Vaccination United Provinces of Agra and Oudh 1902-1913 - 1902-1913
Year: 1902
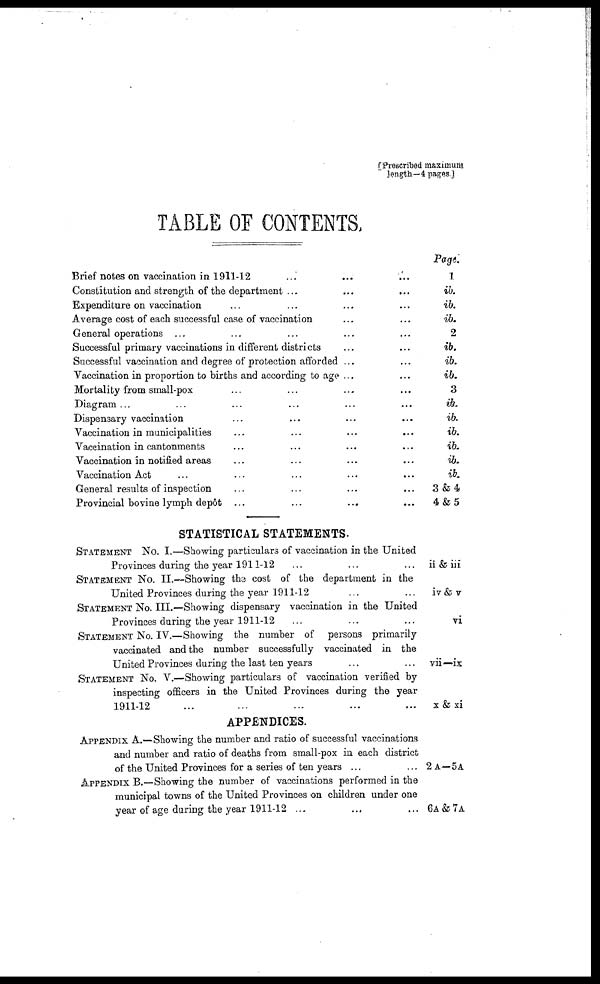
[Prescribed maximum
length—4 pages]
TABLE OF CONTENTS.
Brief notes on vaccination in 1911-12 ... ... ...
Constitution and strength of the department ... ... ...
Expenditure on vaccination ... ... ...
Average cost of each successful case of vaccination ... ... ...
General operations ... ... ...
Successful primary vaccinations in different districts ... ... ...
Successful vaccination and degree of protection afforded ... ... ...
Vaccination in proportion to births and according to age ... ... ...
Mortality from small-pox ... ... ...
Diagram ... ... ...
Dispensary vaccination ... ... ...
Vaccination in municipalities ... ... ...
Vaccination in cantonments ... ... ...
Vaccination in notified areas ... ... ...
Vaccination Act ... ... ...
General results of inspection ... ... ...
Provincial bovine lymph depôt ... ... ...
STATISTICAL STATEMENTS.
STATEMENT No. I.—Showing particulars of vaccination in the United
Provinces during the year 1911-12 ... ... ...
STATEMENT No. II.—Showing the cost of the department in the
United Provinces during the year 1911-12 ... ... ...
STATEMENT No. III.—Showing dispensary vaccination in the United
Provinces during the year 1911-12 ... ... ...
STATEMENT No. IV.—Showing the number of persons primarily
vaccinated and the number successfully vaccinated in the
United Provinces during the last ten years ... ... ...
STATEMENT No. V.—Showing particulars of vaccination verified by
inspecting officers in the United Provinces during the year
1911-12 ... ... ...
APPENDICES.
APPENDIX A.—Showing the number and ratio of successful vaccinations
and number and ratio of deaths from small-pox in each district
of the United Provinces for a series of ten years ... ... ...
APPENDIX B.—Showing the number of vaccinations performed in the
municipal towns of the United Provinces on children under one
year of age during the year 1911-12 ...
... ...
Page.
1
ib.
ib.
ib.
2
ib.
ib.
ib.
3
ib.
ib.
ib.
ib.
ib.
ib.
3 & 4
4 & 5
ii & iii
iv & v
vi
vii—ix
x & xi
2A—5A
6A & 7A